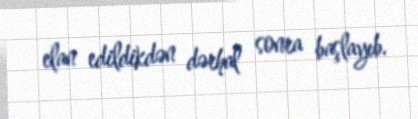
elan edildikdən dərhal sonra başlayıb.